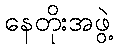
နေတိုးအဖွဲ့